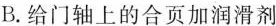
B.给门轴上的合页加润滑剂